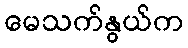
မေသက်နွယ်က